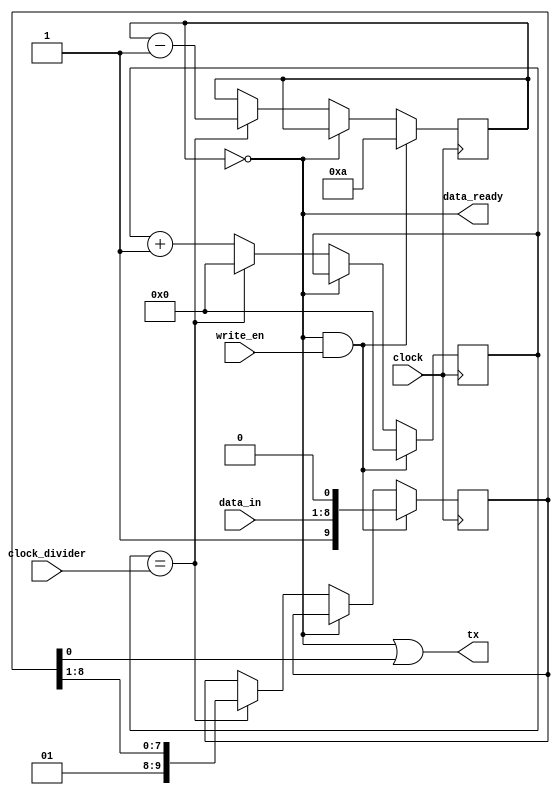
module uart_tx(
    input clock,
    input [15:0] clock_divider,
    input [WIDTH-1:0] data_in,
    input write_en,
    output data_ready,
    output tx
);
    parameter WIDTH = 8;

    reg [15:0] clock_count = 16'h0;
    reg [WIDTH+1:0] data = 10'h0;
    reg [3:0] shift_remaining = 4'h0;
    assign tx = data_ready | data[0];
    assign data_ready = shift_remaining == 0;

    always @(posedge clock) begin
        if (data_ready & write_en) begin
            data <= { 1'b1, data_in, 1'b0 };
            shift_remaining <= WIDTH + 2;
            clock_count <= 0;
        end else if (~data_ready) begin
            if (clock_count == clock_divider) begin
                shift_remaining <= shift_remaining - 1'b1;
                data <= { 2'b1, data[WIDTH:1] };
                clock_count <= 16'h0;
            end else begin
                clock_count <= clock_count + 1'b1;
            end
        end
    end
endmodule